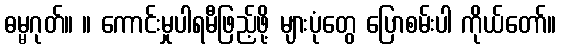
ဓမ္မဂုတ်။ ။ ကောင်းမှုပါရမီဖြည့်ဖို့ များပုံတွေ ပြောစမ်းပါ ကိုယ်တော်။